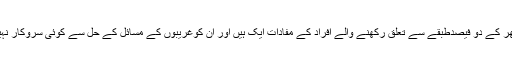
ملک بھر کے دو فیصدطبقے سے تعلق رکھنے والے افراد کے مفادات ایک ہیں اور ان کوغریبوں کے مسائل کے حل سے کوئی سروکار نہیں ہے۔